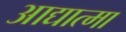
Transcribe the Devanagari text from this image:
आद्यात्मा